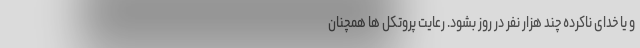
و یا خدای ناکرده چند هزار نفر در روز بشود. رعایت پروتکل ها همچنان